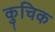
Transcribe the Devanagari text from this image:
कुचिक